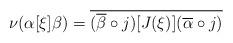
LaTeX: \begin{align*}\nu(\alpha[\xi]\beta)=\overline{(\overline\beta\circ j)[J(\xi)](\overline\alpha\circ j)}\end{align*}